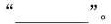
”___”。